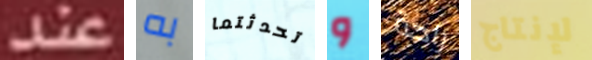
عند به تحدثتما و راحة لإنتاج